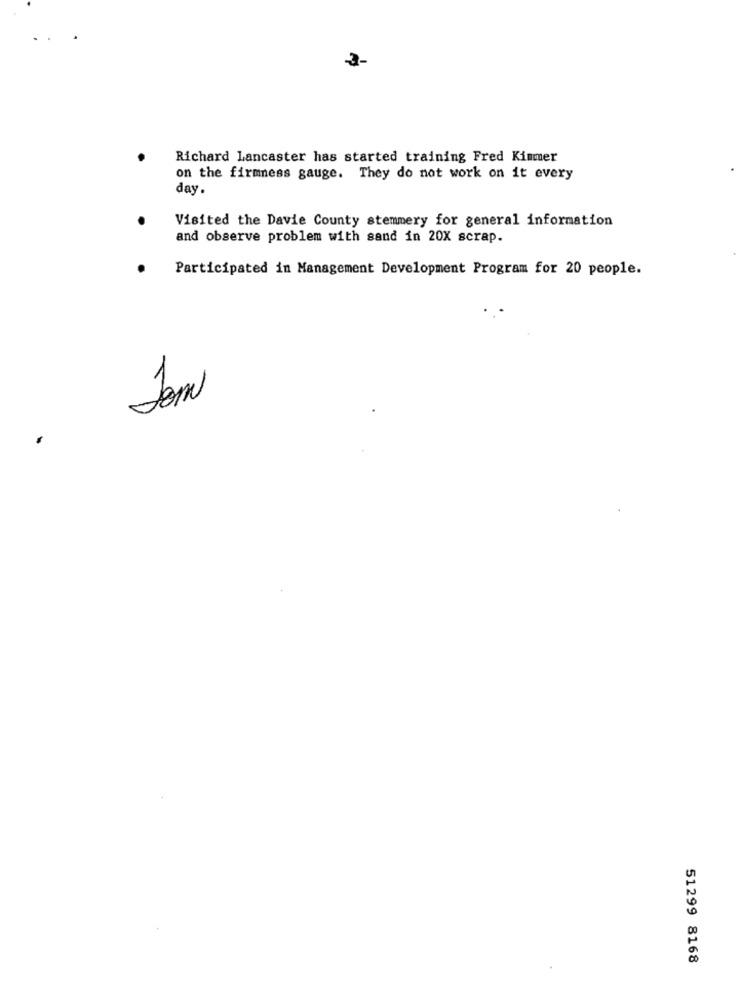
3-
Richard Lancaster has started training Fred Kimmer
on the firmness gauge. They do not work on it every
day
Visited the Davie County stemmery for general information
and observe problem with sand in 20X scrap.
Participated in Management Development Program for 20 people.
51299 8168